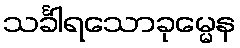
သင်္ခါရသောခုမ္မေန